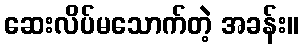
ဆေးလိပ်မသောက်တဲ့ အခန်း။